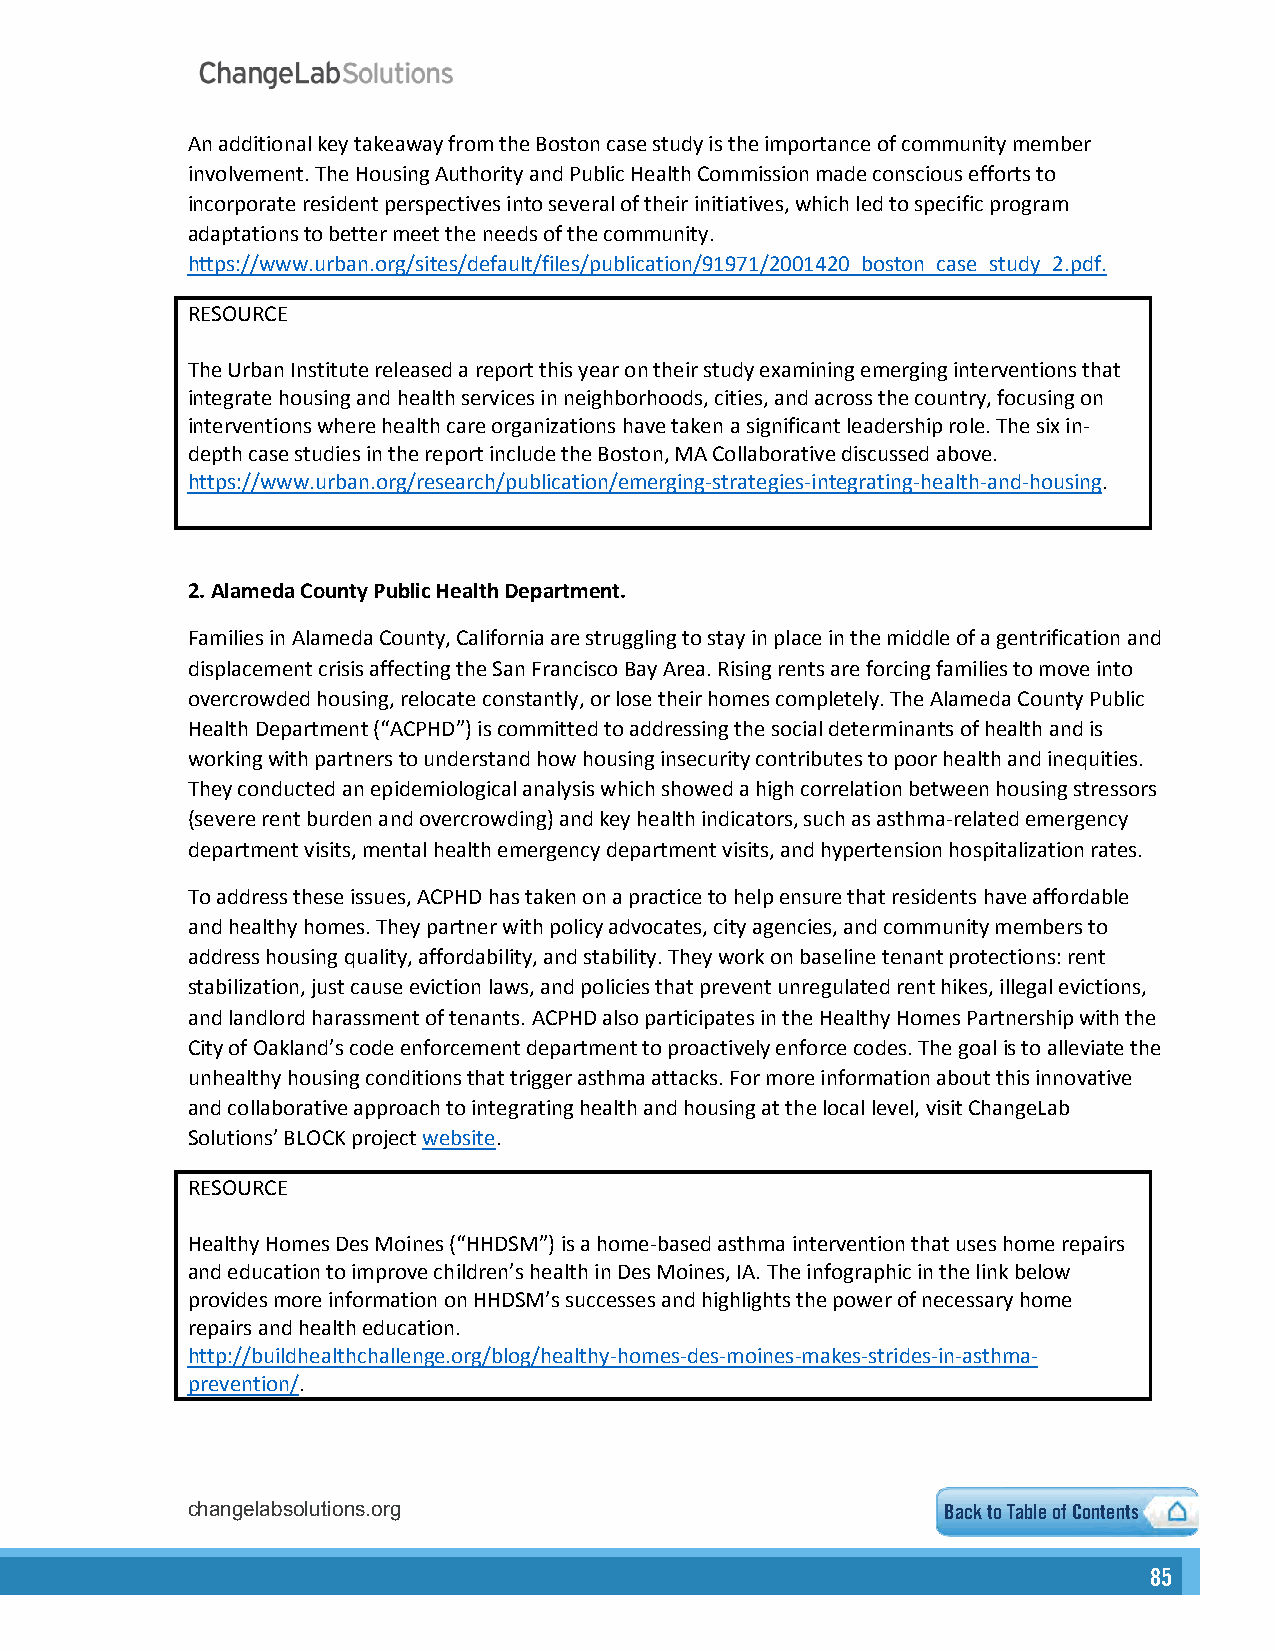
An additional key takeaway from the Boston case study is the importance of community member
 involvement. The Housing Authority and Public Health Commission made conscious efforts to
 incorporate resident perspectives into several of their initiatives, which led to specific program
 adaptations to better meet the needs of the community.
 https://www.urban.org/sites/default/files/publication/91971/2001420_boston_case_study_2.pdf.
 RESOURCE
 The Urban Institute released a report this year on their study examining emerging interventions that
 integrate housing and health services in neighborhoods, cities, and across the country, focusing on
 interventions where health care organizations have taken a significant leadership role. The six in-
 depth case studies in the report include the Boston, MA Collaborative discussed above.
 https://www.urban.org/research/publication/emerging-strategies-integrating-health-and-housing.
 2.Alameda County Public Health Department.
 Families in Alameda County, California are struggling to stay in place in the middle of a gentrification and
 displacement crisis affecting the San Francisco Bay Area. Rising rents are forcing families to move into
 overcrowded housing, relocate constantly, or lose their homes completely. The Alameda County Public
 Health Department (“ACPHD”) is committed to addressing the social determinants of health and is
 working with partners to understand how housing insecurity contributes to poor health and inequities.
 They conducted an epidemiological analysis which showed a high correlation between housing stressors
 (severe rent burden and overcrowding) and key health indicators, such as asthma-related emergency
 department visits, mental health emergency department visits, and hypertension hospitalization rates.
 To address these issues, ACPHD has taken on a practice to help ensure that residents have affordable
 and healthy homes. They partner with policy advocates, city agencies, and community members to
 address housing quality, affordability, and stability. They work on baseline tenant protections: rent
 stabilization, just cause eviction laws, and policies that prevent unregulated rent hikes, illegal evictions,
 and landlord harassment of tenants. ACPHD also participates in the Healthy Homes Partnership with the
 City of Oakland’s code enforcement department to proactively enforce codes. The goal is to alleviate the
 unhealthy housing conditions that trigger asthma attacks. For more information about this innovative
 and collaborative approach to integrating health and housing at the local level, visit ChangeLab
 Solutions’ BLOCK project website.
 RESOURCE
 Healthy Homes Des Moines (“HHDSM”) is a home-based asthma intervention that uses home repairs
 and education to improve children’s health in Des Moines, IA. The infographic in the link below
 provides more information on HHDSM’s successes and highlights the power of necessary home
 repairs and health education.
 http://buildhealthchallenge.org/blog/healthy-homes-des-moines-makes-strides-in-asthma-
 prevention/.
 changelabsolutions.org                             Back to Table of Contents
 85